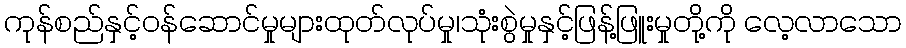
ကုန်စည်နှင့်ဝန်ဆောင်မှုများထုတ်လုပ်မှု၊သုံးစွဲမှုနှင့်ဖြန့်ဖြူးမှုတို့ကို လေ့လာသော